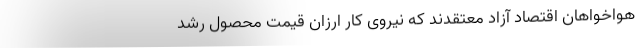
هواخواهان اقتصاد آزاد معتقدند که نیروی کار ارزان قیمت محصولِ رشد